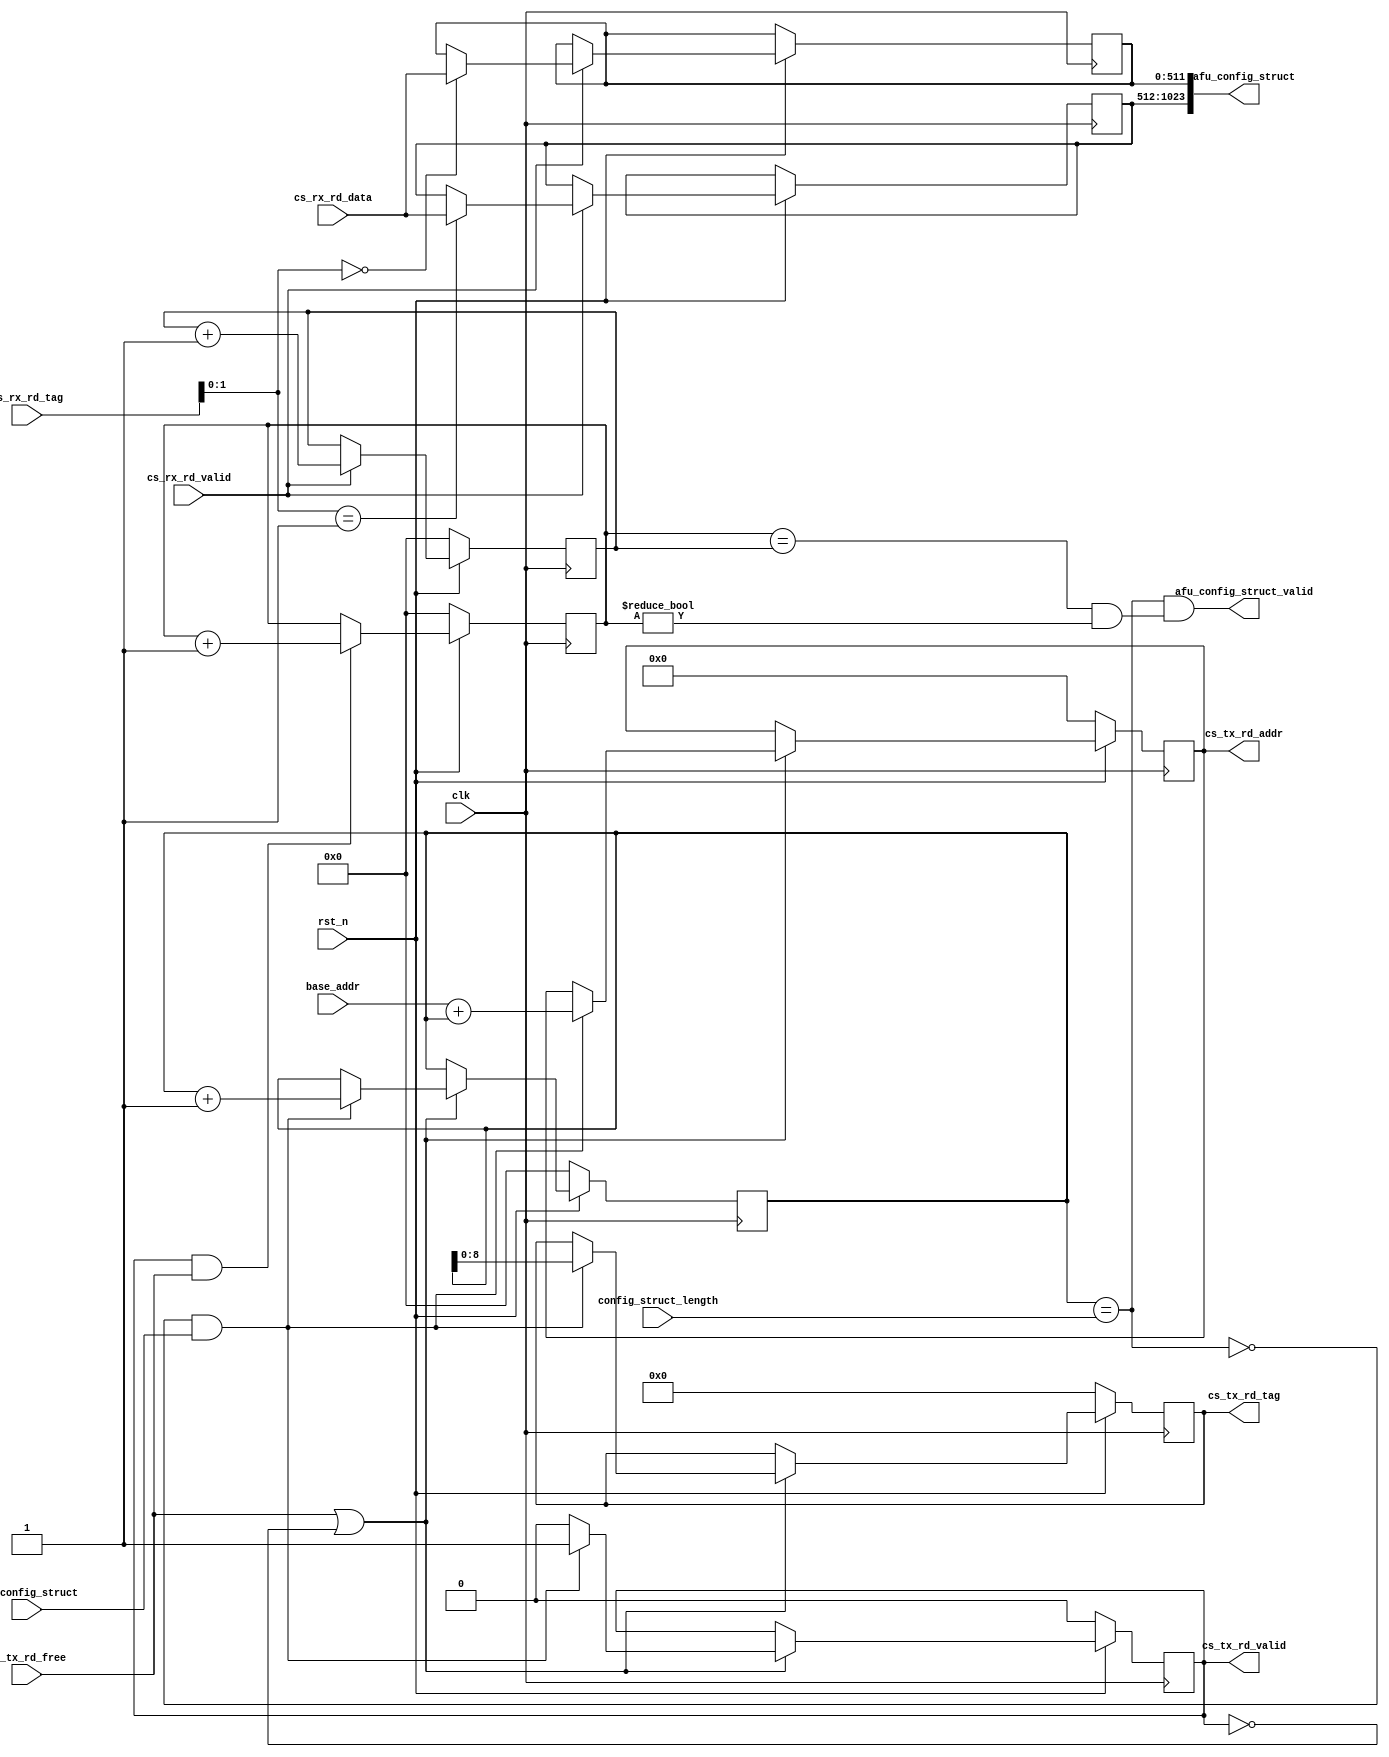
module ReadConfigStruct #(parameter MAX_NUM_CONFIG_CL = 2) 
     (
    input   wire                                             clk,
    input   wire                                             rst_n,
	input   wire 					                         get_config_struct,
	input   wire [57:0]                                      base_addr,
	input   wire [31:0]                                      config_struct_length,
    output  reg  [57:0]                                      cs_tx_rd_addr,
    output  reg  [8:0]                                       cs_tx_rd_tag,
    output  reg  						                     cs_tx_rd_valid,
    input   wire                                             cs_tx_rd_free,
    input   wire [8:0]                                       cs_rx_rd_tag,
    input   wire [511:0]                                     cs_rx_rd_data,
    input   wire                                             cs_rx_rd_valid,
    output  wire  [(MAX_NUM_CONFIG_CL<<9)-1:0]               afu_config_struct,
    output  wire						                     afu_config_struct_valid
);
wire                   rd_done;
wire                   all_reads_done;
reg   [31:0]           numReadsSent;
reg   [31:0]           numReadsDone;
reg   [31:0]           rd_cnt;
reg   [511:0]          config_lines[MAX_NUM_CONFIG_CL];
reg                    config_lines_valid[MAX_NUM_CONFIG_CL];
genvar i;
generate for( i = 0; i < MAX_NUM_CONFIG_CL; i = i + 1) begin: configLines  
    always@(posedge clk) begin
        if(~rst_n) begin
            config_lines_valid[ i ] <= 0;
        end 
        else if(cs_rx_rd_valid) begin
            config_lines[ i ]       <= (cs_rx_rd_tag[1:0] == i)? cs_rx_rd_data : config_lines[ i ];
            config_lines_valid[ i ] <= (cs_rx_rd_tag[1:0] == i)? 1'b1          : config_lines_valid[ i ];
        end  
    end 
assign afu_config_struct[512*(i+1) - 1 : 512*i] = config_lines[ i ];
end
endgenerate
assign all_reads_done          = (numReadsSent == numReadsDone) & (numReadsSent != 0);
assign afu_config_struct_valid = rd_done & all_reads_done;
assign rd_done                 = (rd_cnt == config_struct_length);
always@(posedge clk) begin
    if(~rst_n) begin 
        cs_tx_rd_valid <= 1'b0;
    	rd_cnt         <= 0;
    	cs_tx_rd_addr  <= 0;
        cs_tx_rd_tag   <= 0;
    end 
    else if(cs_tx_rd_free | ~cs_tx_rd_valid) begin
        if( ~rd_done & get_config_struct ) begin
            rd_cnt         <= rd_cnt + 1'b1;
            cs_tx_rd_valid <= 1'b1;
        	cs_tx_rd_addr  <= ({1'b0,  base_addr} + {1'b0, rd_cnt});
            cs_tx_rd_tag   <= rd_cnt[8:0];
        end
        else begin
            cs_tx_rd_valid <= 1'b0;
        end 
    end
end 
always @(posedge clk) begin 
    if(~rst_n) begin
        numReadsSent <= 0;
        numReadsDone <= 0;
    end 
    else begin
        numReadsSent <= (cs_tx_rd_valid & cs_tx_rd_free)? numReadsSent + 1'b1 : numReadsSent;
        numReadsDone <= (cs_rx_rd_valid)?                 numReadsDone + 1'b1 : numReadsDone;
    end 
end
endmodule